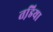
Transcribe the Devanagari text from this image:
तडि़या